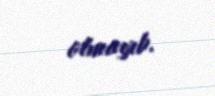
olmayıb.